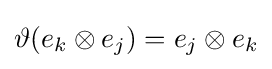
\vartheta (e_{k}\otimes e_{j})=e_{j}\otimes e_{k}